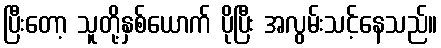
ပြီးတော့ သူတို့နှစ်ယောက် ပိုပြီး အလွမ်းသင့်နေသည်။